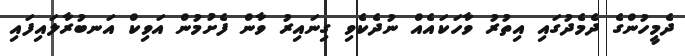
ދެމީހުންގެ ދެމެދުގައި އިތުރު ވާހަކައެއް ނުދެކެވި ގިނައިރު ވާން ފެށުމުން އަވިކް އަނބުރާލައިފައި